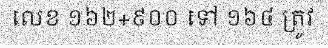
លេខ ១៦២+៩០០ ទៅ ១៦៤ ត្រូវ